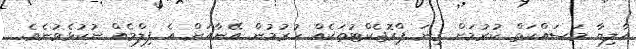
އާލިޔާ މަސައްކަތް ކުރުމަށް ގިނަ ޕްރޮޖެކްޓުތަކެއް ހުރުމުން އޭނާއަށް އެ ފިލްމެއް ނުކުޅެވުނެވެ.